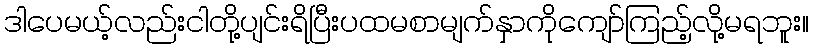
ဒါပေမယ့်လည်းငါတို့ပျင်းရိပြီးပထမစာမျက်နှာကိုကျော်ကြည့်လို့မရဘူး။